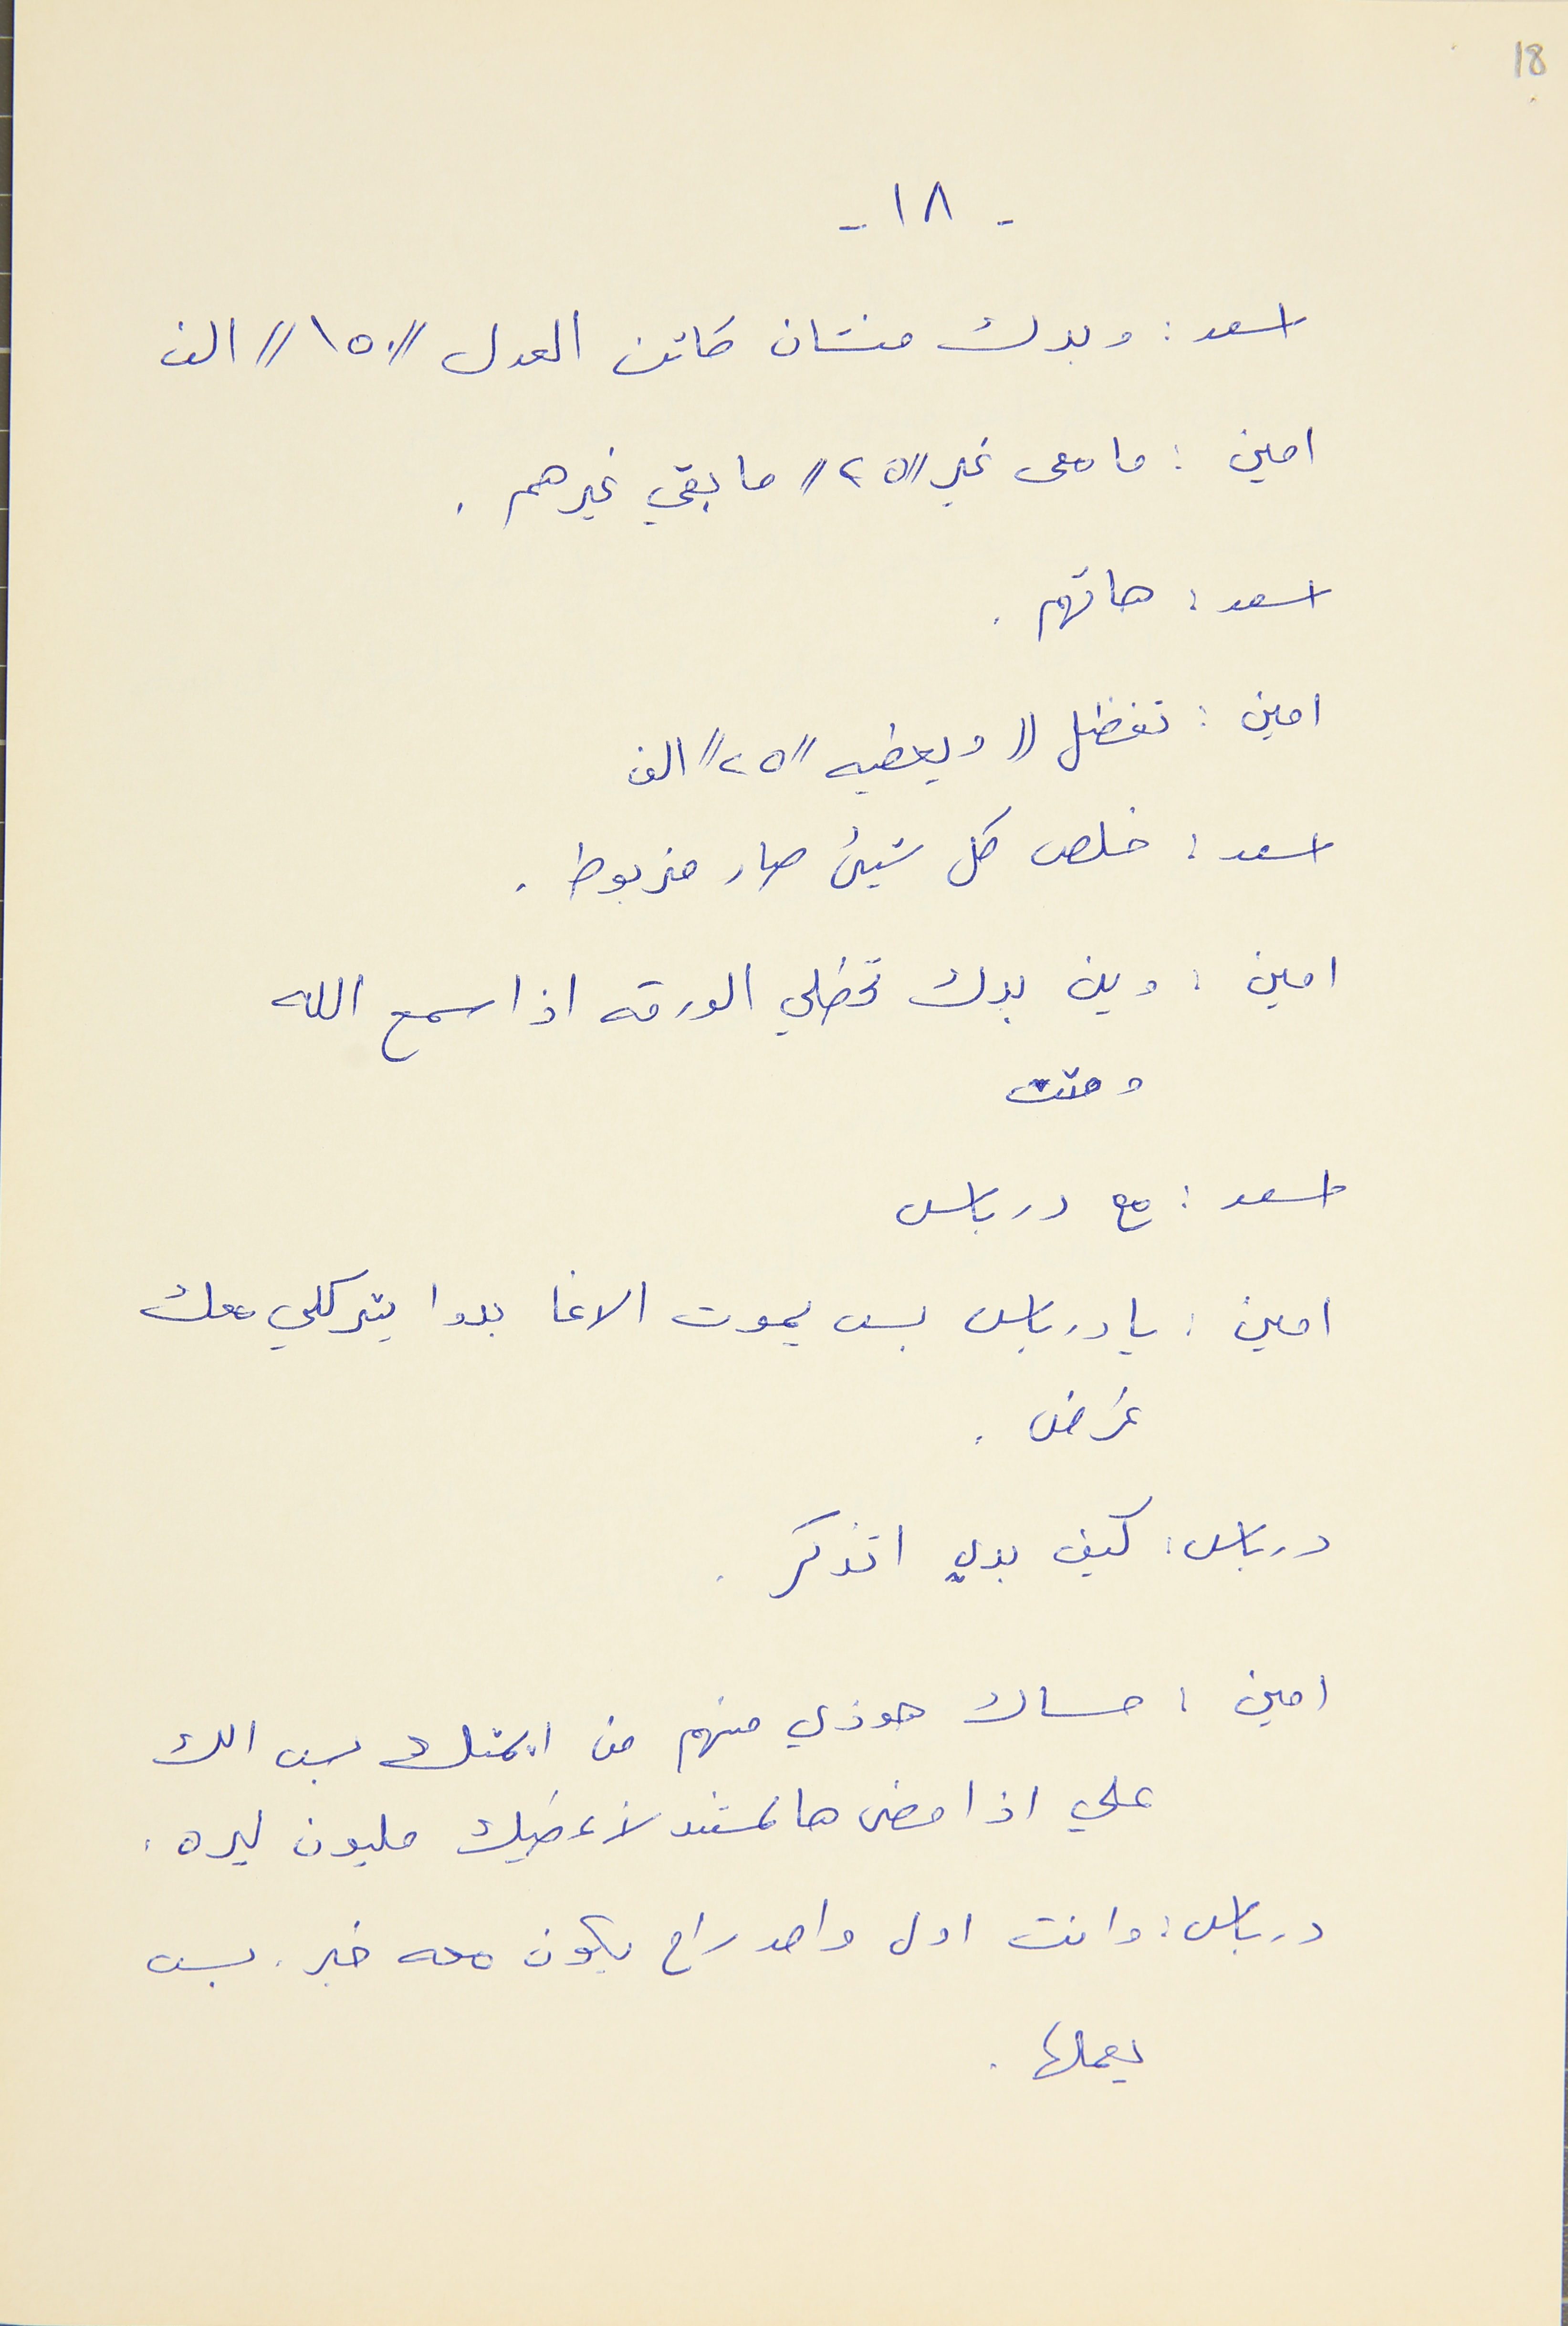
18
- ١٨ -
اسعد : وبدك منشان كاتن العدل // ١٥٠ // الف
امين : ما معى غير // ٢٥ //  ما بقي غيرهم .
اسعد : هاتهم .
امين : تفضل (( ويعطيه //٢٥// الف
اسعد : خلص كل شيىء صار مزبوط .
امين : وين بدك تحطلي الورقه اذا سمح الله
ومتت
اسعد : مع درباس
امين : يا درباس بس يموت الاغا بدو يتركلي معك
غرض .
درباس : كيف بدي اتذكر .
امين : مساك هوذي منهم من ايمتك بس الك
علي اذا مضى هالمستند لأعطيك مليون ليره .
درباس : وانت اول واحد راح يكون معه خبر . بس
يعملها .